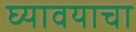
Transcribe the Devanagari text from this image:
घ्‍यावयाचा